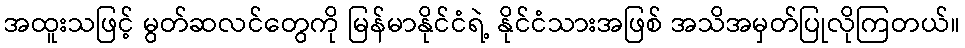
အထူးသဖြင့် မွတ်ဆလင်တွေကို မြန်မာနိုင်ငံရဲ့ နိုင်ငံသားအဖြစ် အသိအမှတ်ပြုလိုကြတယ်။